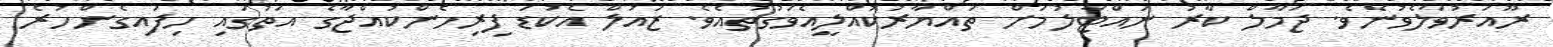
ރޫއަރުވާލެވުނެވެ. ޖަމާލް ކާރު ނައްޓާލުމަށް ތައްޔާރުކޮއްލީއެވަގުތުއެވެ. ޒައުލް އެކުޑަ ފިރިހެންކުއްޖާގެ އަތުގައި ހިފައިގެންހުރެ